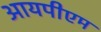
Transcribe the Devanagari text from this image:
आयपीएम